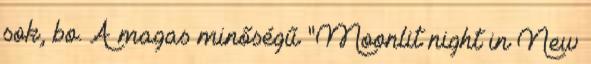
sok, bo. A magas minőségű "Moonlit night in New